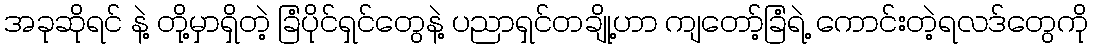
အခုဆိုရင် နဲ့ တို့မှာရှိတဲ့ ခြံပိုင်ရှင်တွေနဲ့ ပညာရှင်တချို့ဟာ ကျတော့်ခြံရဲ့ ကောင်းတဲ့ရလဒ်တွေကို